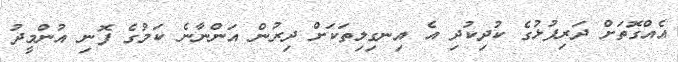
އެއްގޮތަށް ދަރިފުޅުގެ ކުދިކުދި އެ އިނގިލިތަކަށް ދިރުން އަންނާނެ ކަމުގެ ފޮނި އުންމީދު